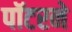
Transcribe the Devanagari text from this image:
पॉटरने